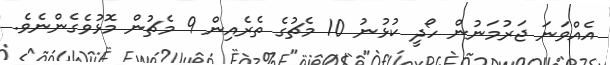
އެއްވަނަ ޖަރުމަނުން ހޯދީ ކުޅުނު 10 މެޗުގެ ތެރެއިން 9 މެޗުން މޮޅުވެގެންނެވެ.